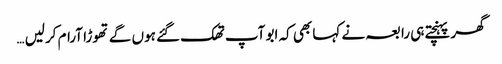
گھر پہنچتے ہی رابعہ نے کہا بھی کہ ابو آپ تھک گئے ہوں گے تھوڑا آرام کرلیں …